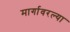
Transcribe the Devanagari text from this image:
मार्गावरल्या